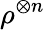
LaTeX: \rho^{\otimes n}